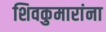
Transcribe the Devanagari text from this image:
शिवकुमारांना